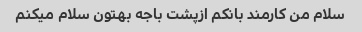
سلام من کارمند بانکم ازپشت باجه بهتون سلام میکنم